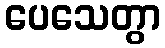
ပေသေတွာ